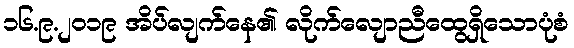
၁၆.၉.၂၀၁၉ အိပ်လျက်နေ၏ လိုက်လျောညီထွေရှိသောပုံစံ